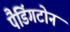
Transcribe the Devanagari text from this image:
पैडिंगटोन